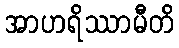
အာဟရိဿာမီတိ